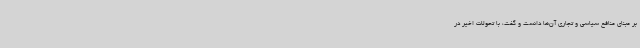
بر مبنای منافع سیاسی و تجاری آن‌ها دانست و گفت، با تحولات اخیر در